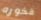
فخوره